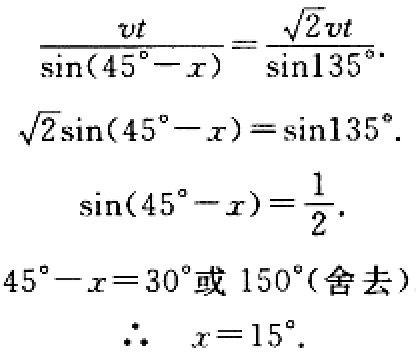
\[
\begin{align*}
\frac{vt}{\sin(45^{\circ}-x)}&=\frac{\sqrt{2}vt}{\sin135^{\circ}}.\\
\sqrt{2}\sin(45^{\circ}-x)&=\sin135^{\circ}.\\
\sin(45^{\circ}-x)&=\frac{1}{2}.\\
45^{\circ}-x&=30^{\circ}\text{或 }150^{\circ}(\text{舍去})\\
\therefore\quad x&=15^{\circ}.
\end{align*}
\]